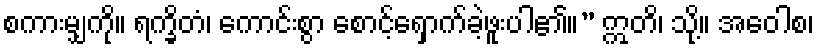
စကားမျှကို။ ရက္ခိတံ၊ ကောင်းစွာ စောင့်ရှောက်ခဲ့ဖူးပါ၏။” ဣတိ၊ သို့။ အဝေါစ၊